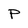
Character: P